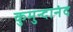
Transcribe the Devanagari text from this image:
कुमुन्दानंद